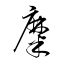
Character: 糜